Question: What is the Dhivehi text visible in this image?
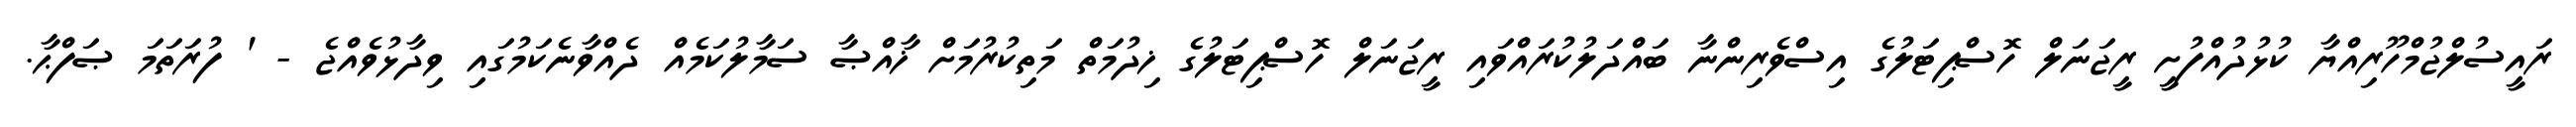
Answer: ރައީސުލްޖުމްހޫރިއްޔާ ކުޅުދުއްފުށީ ރީޖަނަލް ހޮސްޕިޓަލުގެ އިސްވެރިންނާ ބައްދަލުކުރައްވައި ރީޖަނަލް ހޮސްޕިޓަލުގެ ޚިދުމަތް މަތިކުރުމަށް ޚާއްޞާ ސަމާލުކަމެއް ދެއްވާނެކަމުގައި ވިދާޅުވެއްޖެ - ' ފުރަތަމަ ޞަފްޙާ.